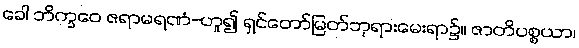
ခေါ ဘိက္ခဝေ ဇရာမရဏံ-ဟူ၍ ရှင်တော်မြတ်ဘုရားမေးရာ၌။ ဇာတိပစ္စယာ၊